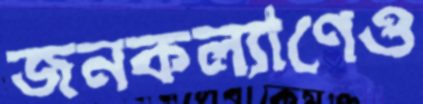
জনকল্যাণেও